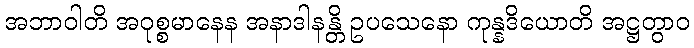
အဘာဝါတိ အဝုစ္စမာနေန အနာဒါနန္တိ ဥပသေနော ကုန္နဒိယောတိ အဋ္ဌတွာဝ